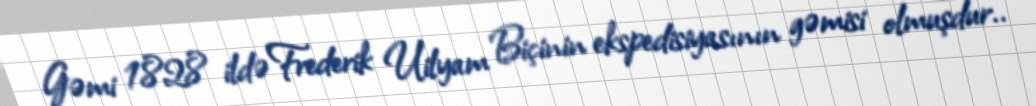
Gəmi 1828 ildə Frederik Uilyam Biçinin ekspedisiyasının gəmisi olmuşdur..